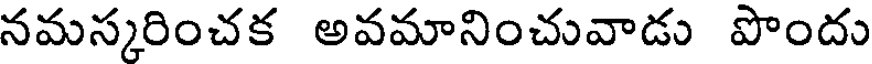
నమస్కరించక అవమానించువాడు పొందు